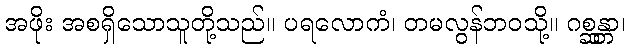
အဖိုး အစရှိသောသူတို့သည်။ ပရလောကံ၊ တမလွန်ဘဝသို့။ ဂစ္ဆန္တာ၊